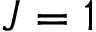
J = 1